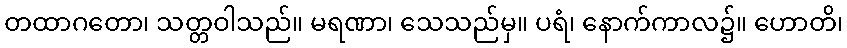
တထာဂတော၊ သတ္တဝါသည်။ မရဏာ၊ သေသည်မှ။ ပရံ၊ နောက်ကာလ၌။ ဟောတိ၊